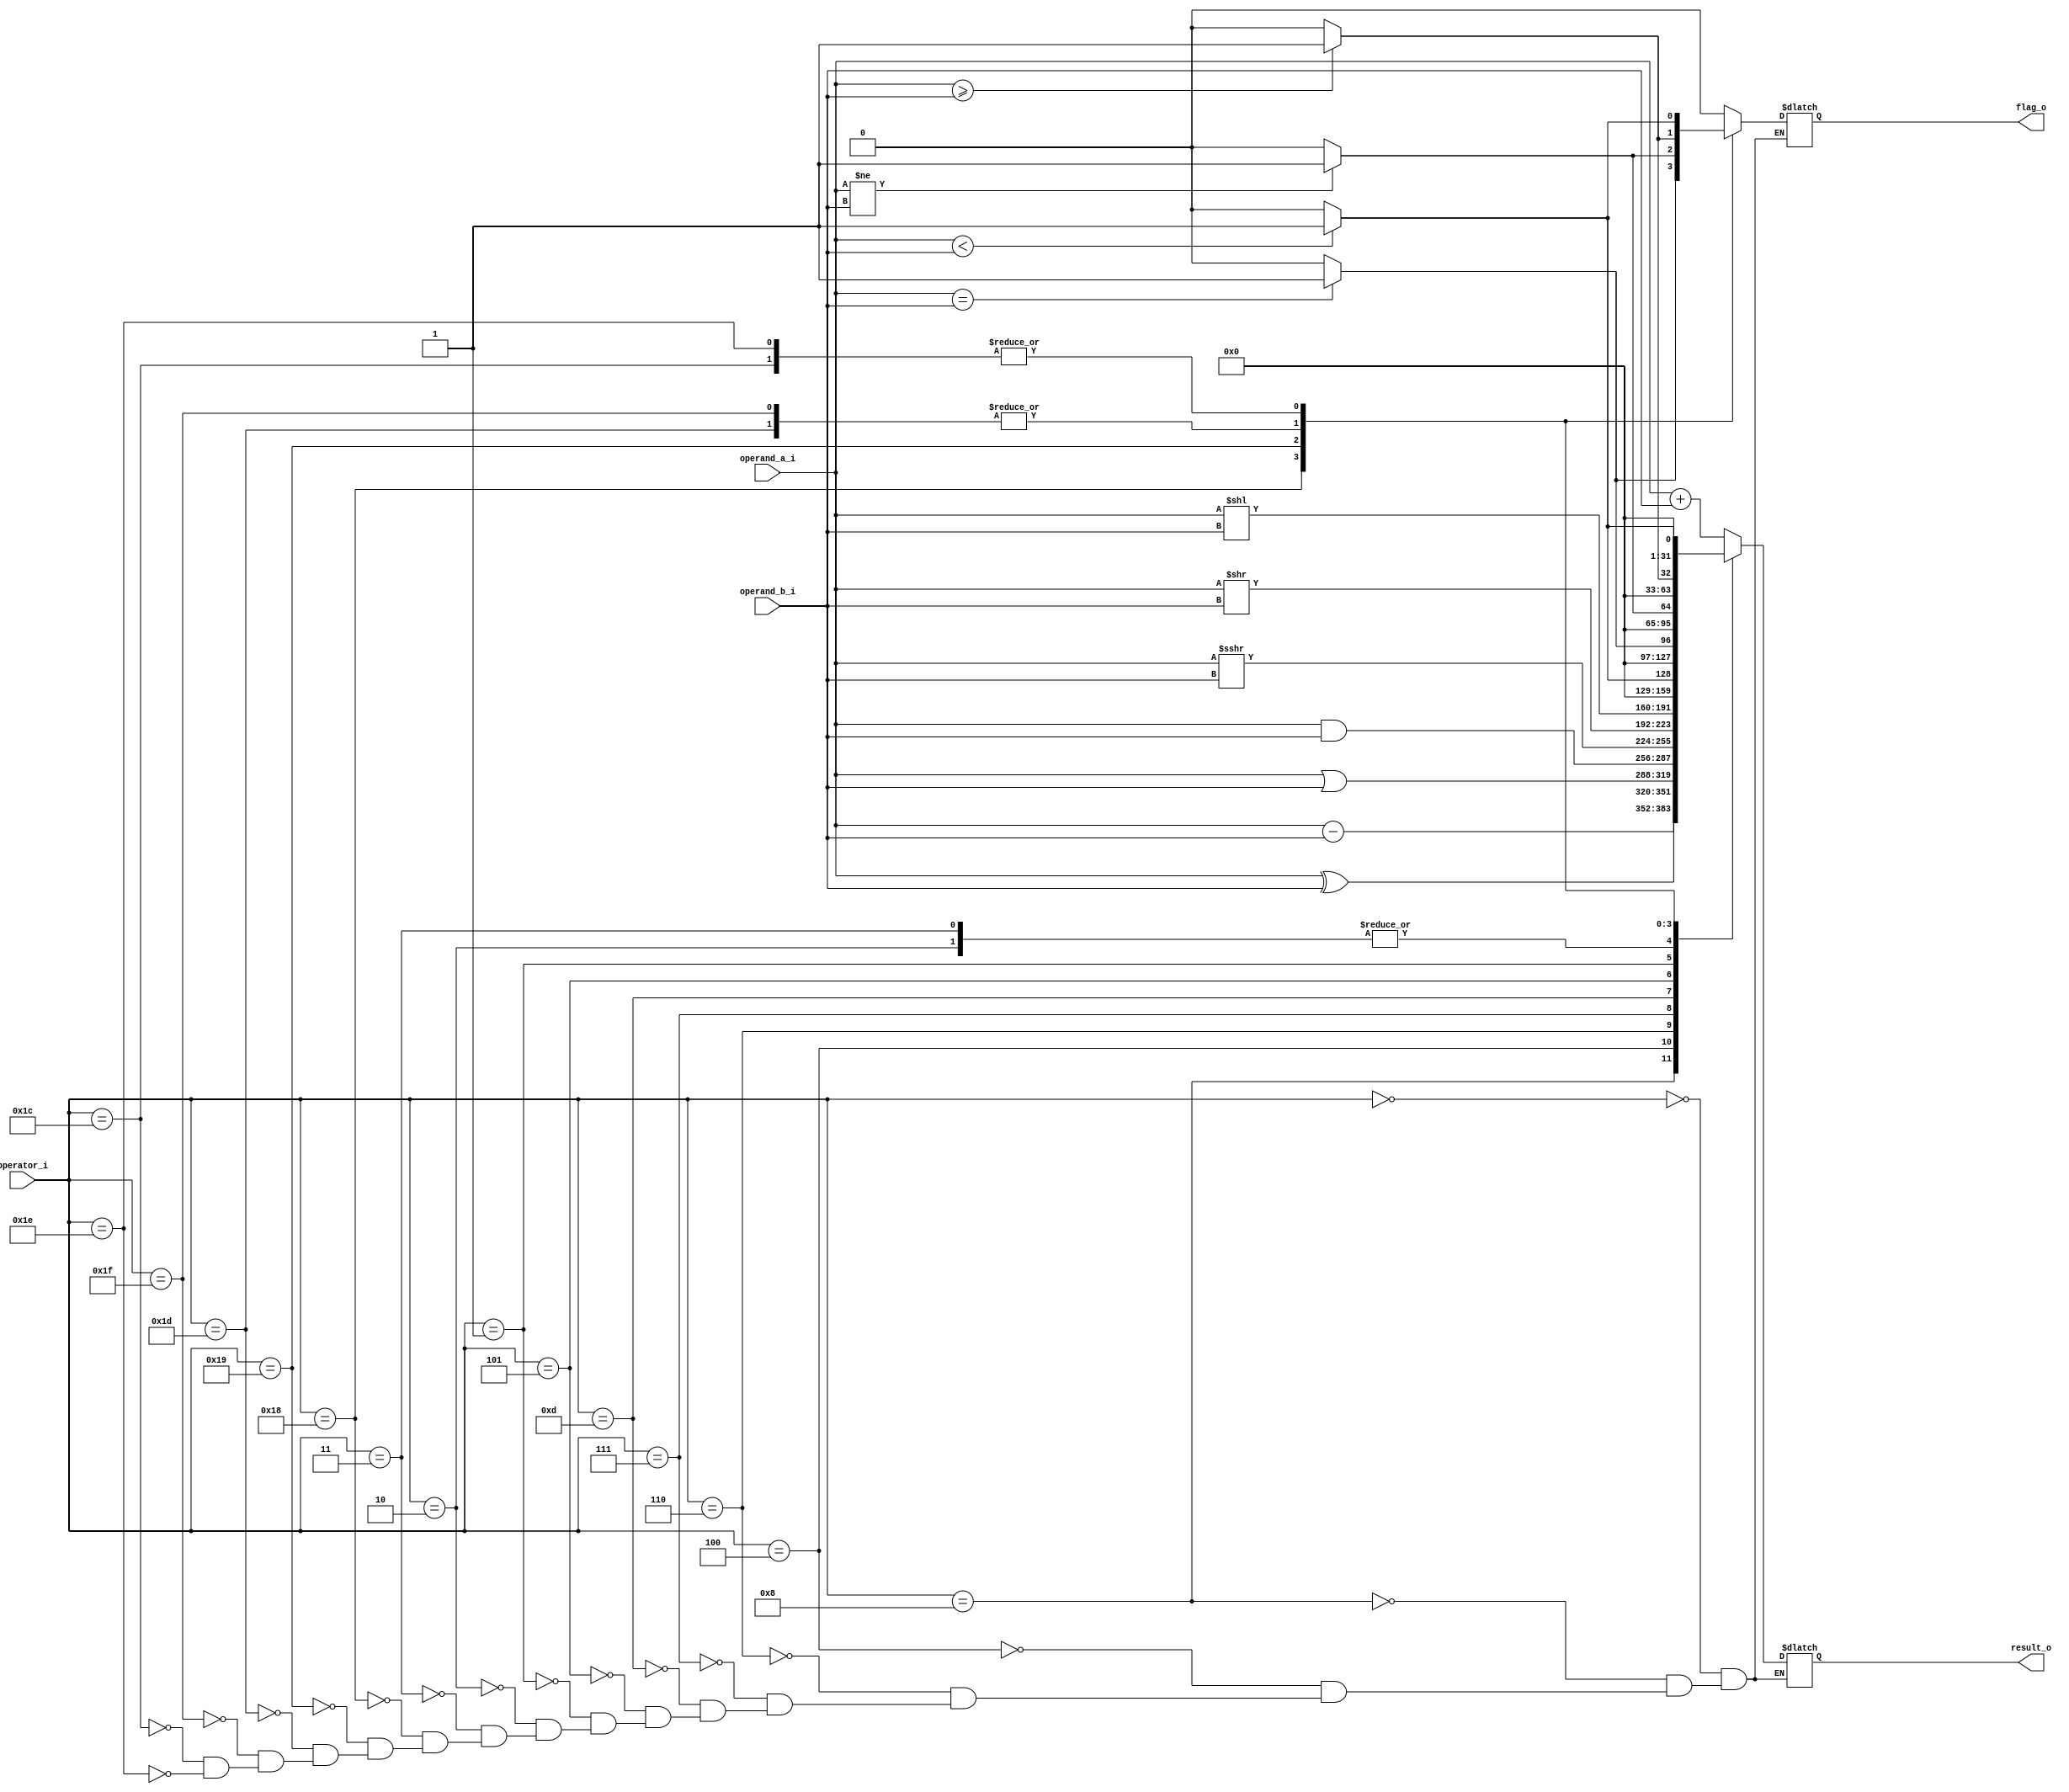
`define ALU_ADD     5'b00000
`define ALU_SUB     5'b01000
`define ALU_SLL     5'b00001
`define ALU_LTS     5'b00010
`define ALU_LTU     5'b00011
`define ALU_XOR     5'b00100
`define ALU_SRL     5'b00101
`define ALU_SRA     5'b01101
`define ALU_OR      5'b00110
`define ALU_AND     5'b00111

`define ALU_EQ      5'b11000
`define ALU_NE      5'b11001
`define ALU_LTS_F   5'b11100
`define ALU_LTU_F   5'b11110
`define ALU_GES     5'b11101
`define ALU_GEU     5'b11111


module riscV_alu(

    input      [4:0]    operator_i,
    input      [31:0]   operand_a_i,
    input      [31:0]   operand_b_i,
    output reg [31:0]   result_o,
    output reg          flag_o
    );
    
    always @(*) begin 
            case(operator_i)
                `ALU_ADD  :   begin result_o =         operand_a_i +    operand_b_i             ;  flag_o   = 0         ; end
                `ALU_SUB  :   begin result_o =         operand_a_i -    operand_b_i             ;  flag_o   = 0         ; end
                `ALU_XOR  :   begin result_o =         operand_a_i ^    operand_b_i             ;  flag_o   = 0         ; end
                `ALU_OR   :   begin result_o =         operand_a_i |    operand_b_i             ;  flag_o   = 0         ; end
                `ALU_AND  :   begin result_o =         operand_a_i &    operand_b_i             ;  flag_o   = 0         ; end
                `ALU_SRA  :   begin result_o = $signed(operand_a_i)>>>  operand_b_i             ;  flag_o   = 0         ; end
                `ALU_SRL  :   begin result_o =         operand_a_i >>   operand_b_i             ;  flag_o   = 0         ; end
                `ALU_SLL  :   begin result_o =         operand_a_i <<   operand_b_i             ;  flag_o   = 0         ; end
                `ALU_LTS  :   begin result_o =($signed(operand_a_i)<    operand_b_i ) ? 1 :  0  ;  flag_o   = 0         ; end
                `ALU_LTU  :   begin result_o =        (operand_a_i <    operand_b_i ) ? 1 :  0  ;  flag_o   = 0         ; end

                
                `ALU_EQ   :   begin flag_o   =        (operand_a_i ==   operand_b_i ) ? 1 :  0  ;  result_o = flag_o    ; end
                `ALU_NE   :   begin flag_o   =        (operand_a_i !=   operand_b_i ) ? 1 :  0  ;  result_o = flag_o    ; end                                    
                `ALU_GES  :   begin flag_o   =($signed(operand_a_i)>=   operand_b_i ) ? 1 :  0  ;  result_o = flag_o    ; end
                `ALU_GEU  :   begin flag_o   =        (operand_a_i >=   operand_b_i ) ? 1 :  0  ;  result_o = flag_o    ; end
                `ALU_LTS_F:   begin flag_o   =($signed(operand_a_i)<    operand_b_i ) ? 1 :  0  ;  result_o = flag_o    ; end
                `ALU_LTU_F:   begin flag_o   =        (operand_a_i <    operand_b_i ) ? 1 :  0  ;  result_o = flag_o    ; end
            endcase
        end
    
endmodule